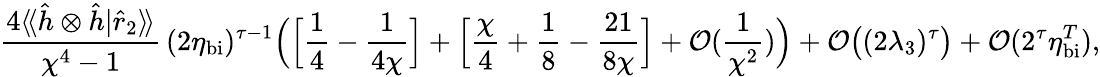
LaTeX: \frac{4\langle\! \langle\hat{h}\otimes\hat{h}|\hat{r}_{2}\rangle\! \rangle}{\chi^{4}-1}\, (2\eta_{\mathrm{bi}})^{\tau-1}\Big(\Big[\frac{1}{4}-\frac{1}{4\chi}\Big]+\Big[\frac{\chi}{4}+\frac{1}{8}-\frac{21}{8\chi}\Big]+\mathcal{O}(\frac{1}{\chi^{2}})\Big)+\mathcal{O}\big((2\lambda_{3})^{\tau}\big)+\mathcal{O}(2^{\tau}\eta_{\mathrm{bi}}^{T}),